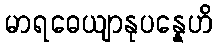
မာရဓေယျာနုပန္နေဟိ